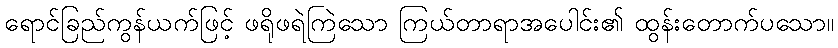
ရောင်ခြည်ကွန်ယက်ဖြင့် ဖရိုဖရဲကြဲသော ကြယ်တာရာအပေါင်း၏ ထွန်းတောက်ပသော။